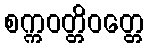
စက္ကဝတ္တိဝတ္တေ